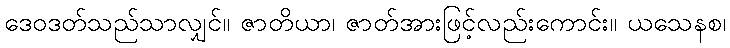
ဒေဝဒတ်သည်သာလျှင်။ ဇာတိယာ၊ ဇာတ်အားဖြင့်လည်းကောင်း။ ယသေနစ၊